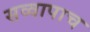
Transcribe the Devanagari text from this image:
सव्वापाच